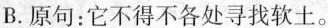
B.原句：它不得不各处寻找软土。